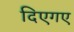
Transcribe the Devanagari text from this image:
दिएगए